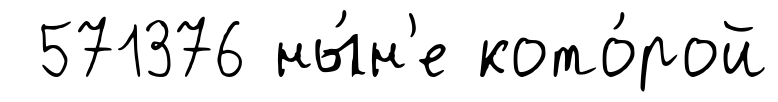
571376 ны́н'е кото́рой